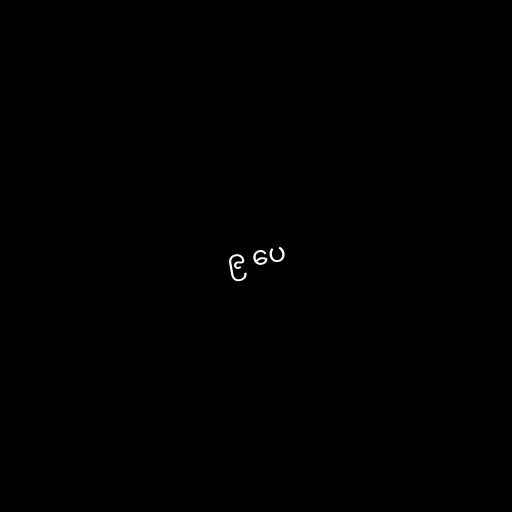
၉ ပေ